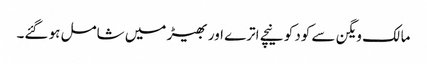
مالک ویگن سے کود کو نیچے اترے اور بھیڑ میں شامل ہو گئے۔